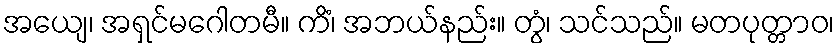
အယျေ၊ အရှင်မဂေါတမီ။ ကိံ၊ အဘယ်နည်း။ တွံ၊ သင်သည်။ မတပုတ္တာဝ၊